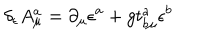
\delta _ { \epsilon } A _ { \mu } ^ { a } = \partial _ { \mu } \epsilon ^ { a } + g t _ { b \mu } ^ { a } \epsilon ^ { b }